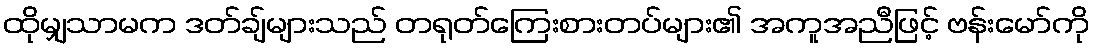
ထိုမျှသာမက ဒတ်ချ်များသည် တရုတ်ကြေးစားတပ်များ၏ အကူအညီဖြင့် ဗန်းမော်ကို